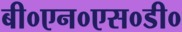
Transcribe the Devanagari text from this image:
बी०एन०एस०डी०